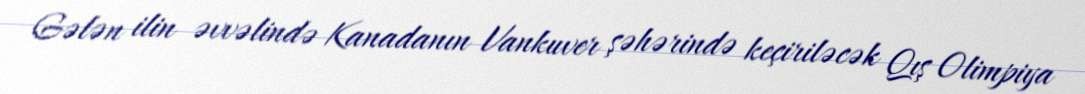
Gələn ilin əvvəlində Kanadanın Vankuver şəhərində keçiriləcək Qış Olimpiya